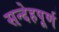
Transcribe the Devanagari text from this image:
सन्देहपूर्ण